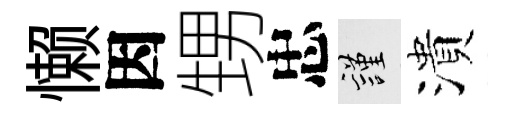
懒因甥忠謹潰